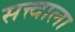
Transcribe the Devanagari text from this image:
सत्त्वाला